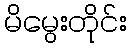
မိမွေးတိုင်း